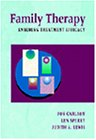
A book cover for Family Therapy: Ensuring Treatment Efficacy; Jon Carlson; Parenting & Relationships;